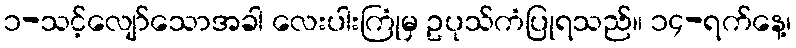
၁-သင့်လျော်သောအခါ လေးပါးကြုံမှ ဥပုသ်ကံပြုရသည်။ ၁၄-ရက်နေ့၊